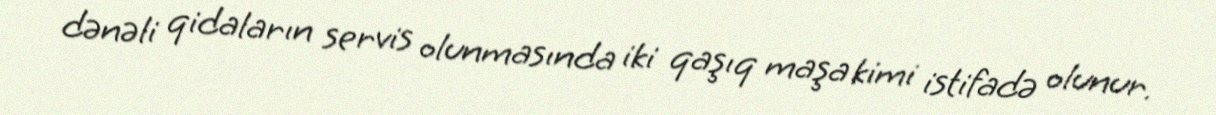
dənəli qidaların servis olunmasında iki qaşıq maşa kimi istifadə olunur.